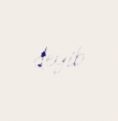
deyib.